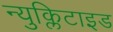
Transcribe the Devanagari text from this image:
न्युक्लिटाइड